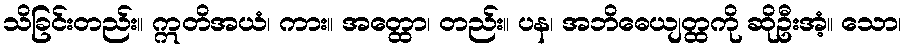
သိခြင်းတည်း။ ဣတိအယံ၊ ကား။ အတ္ထော၊ တည်း။ ပန၊ အဘိဓေယျတ္ထကို ဆိုဦးအံ့။ သော၊